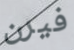
فيرن